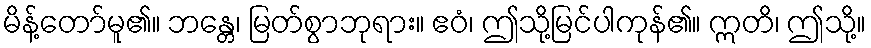
မိန့်တော်မူ၏။ ဘန္တေ၊ မြတ်စွာဘုရား။ ဧဝံ၊ ဤသို့မြင်ပါကုန်၏။ ဣတိ၊ ဤသို့။